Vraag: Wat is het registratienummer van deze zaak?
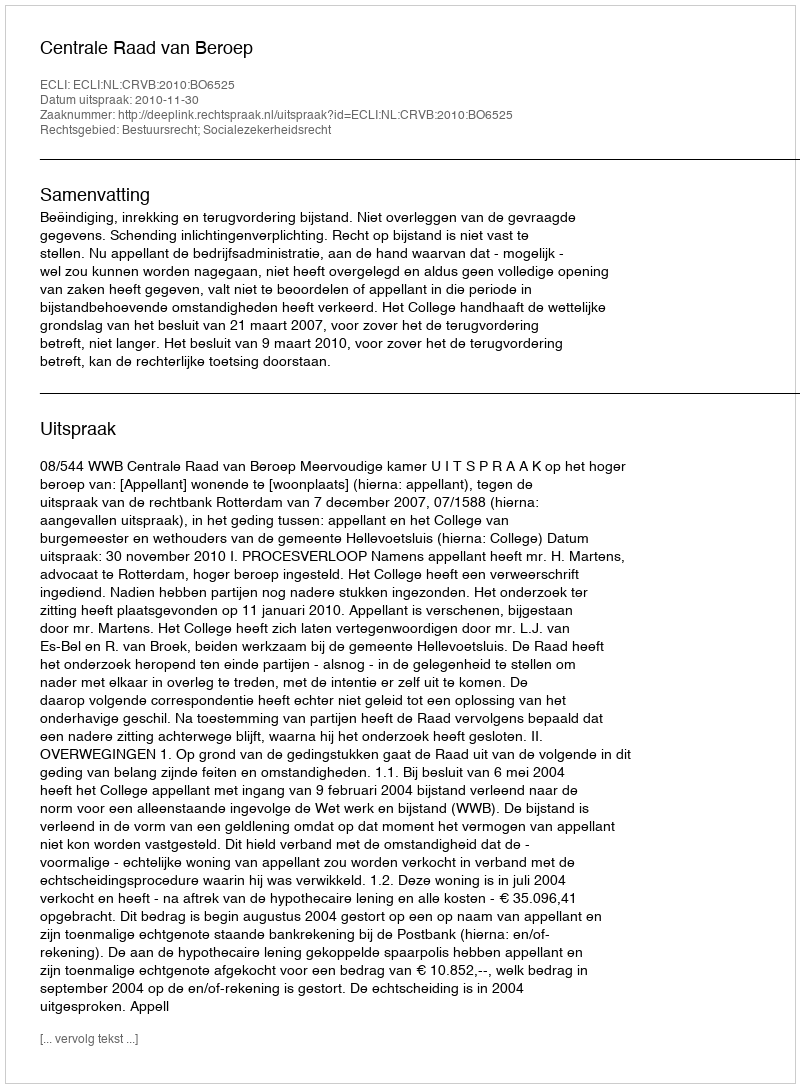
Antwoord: http://deeplink.rechtspraak.nl/uitspraak?id=ECLI:NL:CRVB:2010:BO6525